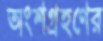
অংশগ্রহণের